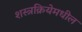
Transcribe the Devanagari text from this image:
शस्त्रक्रियेमधील